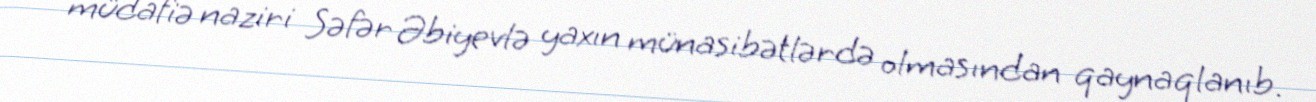
müdafiə naziri Səfər Əbiyevlə yaxın münasibətlərdə olmasından qaynaqlanıb.